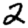
Digit: 2